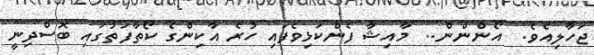
ޖަހާލިއެވެ.  އޯންންން..  މާއިޝާ ފެންކަޅިވެފައި ހުރެ އާކިންގެ ކޯތާފަތުގައި ބޮސްދިނީ